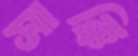
সাক্কি